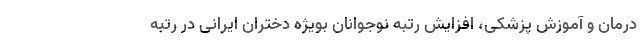
درمان و آموزش پزشکی، افزایش رتبه نوجوانان بویژه دختران ایرانی در رتبه